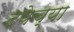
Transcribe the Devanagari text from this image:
दयेच्या